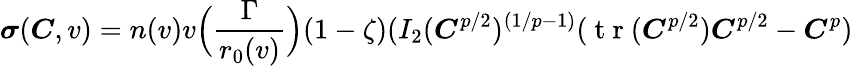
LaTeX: \boldsymbol{\sigma}(\boldsymbol{C},v)=n(v)v\Big(\frac{\Gamma}{r_{0}(v)}\Big)(1-\zeta)(I_{2}(\boldsymbol{C}^{p/2})^{(1/p-1)}(\mathrm{~t~r~}(\boldsymbol{C}^{p/2})\boldsymbol{C}^{p/2}-\boldsymbol{C}^{p})